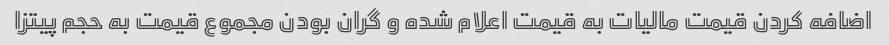
اضافه کردن قیمت مالیات به قیمت اعلام شده و گران بودن مجموع قیمت به حجم پیتزا